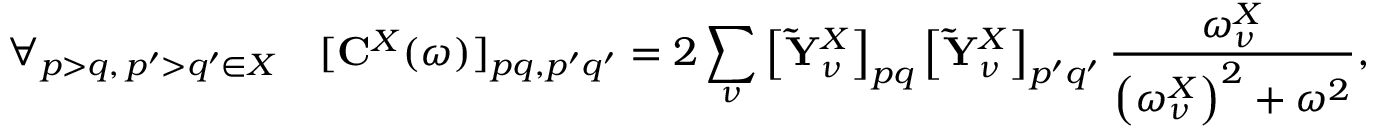
\forall _ { p > q , \, p ^ { \prime } > q ^ { \prime } \in X } \ \ \ [ { \bf C } ^ { X } ( \omega ) ] _ { p q , p ^ { \prime } q ^ { \prime } } = 2 \sum _ { \nu } \left[ \mathbf { \tilde { Y } } _ { \nu } ^ { X } \right] _ { p q } \left[ \mathbf { \tilde { Y } } _ { \nu } ^ { X } \right] _ { p ^ { \prime } q ^ { \prime } } \frac { \omega _ { \nu } ^ { X } } { \left( \omega _ { \nu } ^ { X } \right) ^ { 2 } + \omega ^ { 2 } } ,